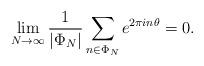
LaTeX: \begin{align*}\lim_{N\to\infty}\frac1{|\Phi_N|}\sum_{n\in\Phi_N}e^{2\pi in\theta}=0.\end{align*}